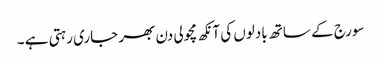
سورج کے ساتھ بادلوں کی آنکھ مچولی دن بھر جاری رہتی ہے ۔